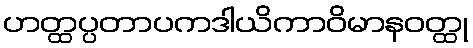
ဟတ္ထပ္ပတာပကဒါယိကာဝိမာနဝတ္ထု